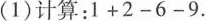
(1)计算：$$1+2-6-9$$.